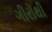
ગીરોથી